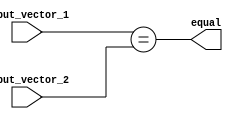
module parallel_comparator (
    input [7:0] input_vector_1,
    input [7:0] input_vector_2,
    output reg equal
);

assign equal = (input_vector_1 == input_vector_2);

endmodule